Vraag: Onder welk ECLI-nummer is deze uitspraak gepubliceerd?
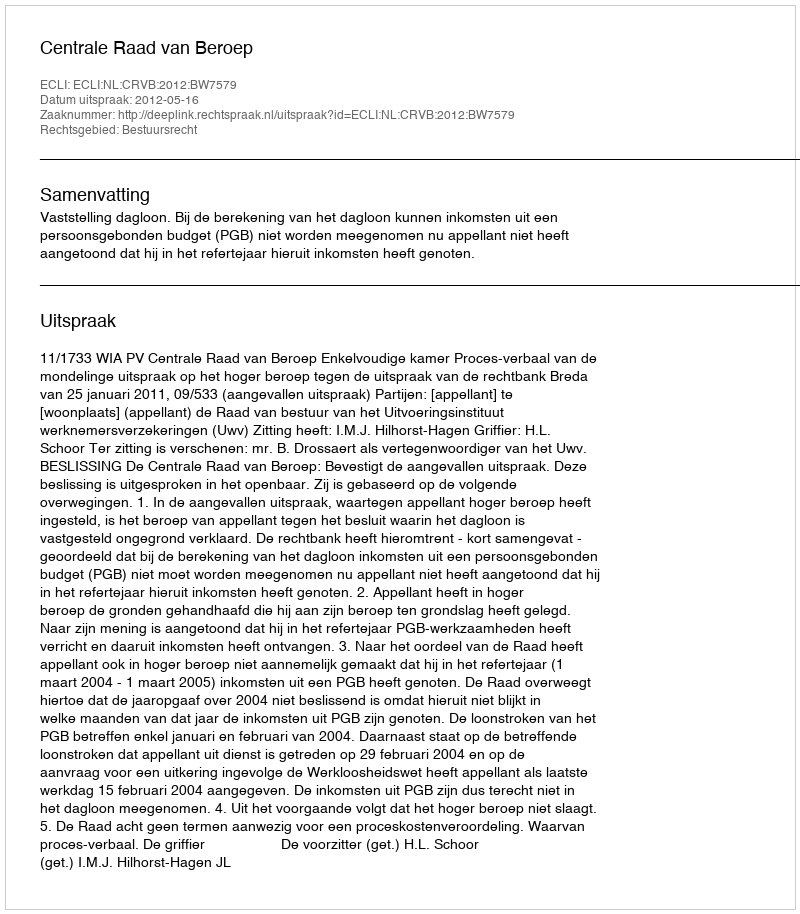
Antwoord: ECLI:NL:CRVB:2012:BW7579